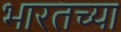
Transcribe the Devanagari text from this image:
भारतच्या